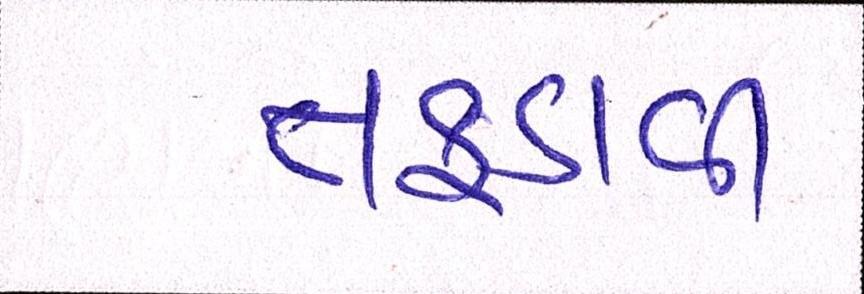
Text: તફડાવી